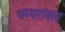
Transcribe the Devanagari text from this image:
बप्परावलः